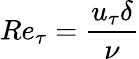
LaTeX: Re_{\tau}=\frac{u_{\tau}\delta}{\nu}